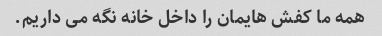
همه ما کفش هایمان را داخل خانه نگه می داریم.